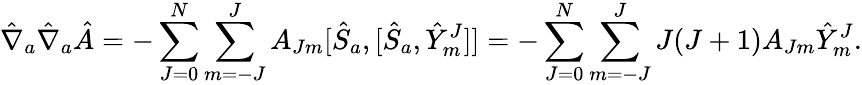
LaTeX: {\hat{\nabla}}_{a}{\hat{\nabla}}_{a}{\hat{A}}=-\sum_{J=0}^{N}\sum_{m=-J}^{J}A_{Jm}[{\hat{S}}_{a},[{\hat{S}}_{a},{\hat{Y}}_{m}^{J}]]=-\sum_{J=0}^{N}\sum_{m=-J}^{J}J(J+1)A_{Jm}{\hat{Y}}_{m}^{J}.